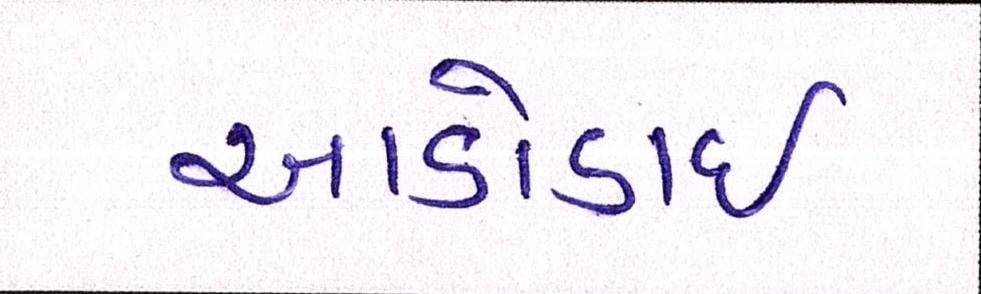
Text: આડોડાઈ